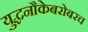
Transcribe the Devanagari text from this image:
युद्धनौकेबरोबरच